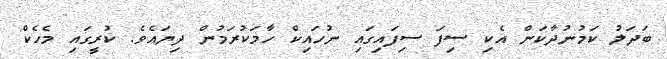
ބަދަލު ކަމުނުދާކަން އެކި ސިފަ ސިފައިގައި ނުހައިކް ހާމަކުރަމުން ދިޔައެވެ. ކުރީގައި މެހެކް